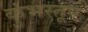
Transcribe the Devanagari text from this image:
कुंभस्तूप